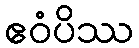
ဧဝံပိဿ